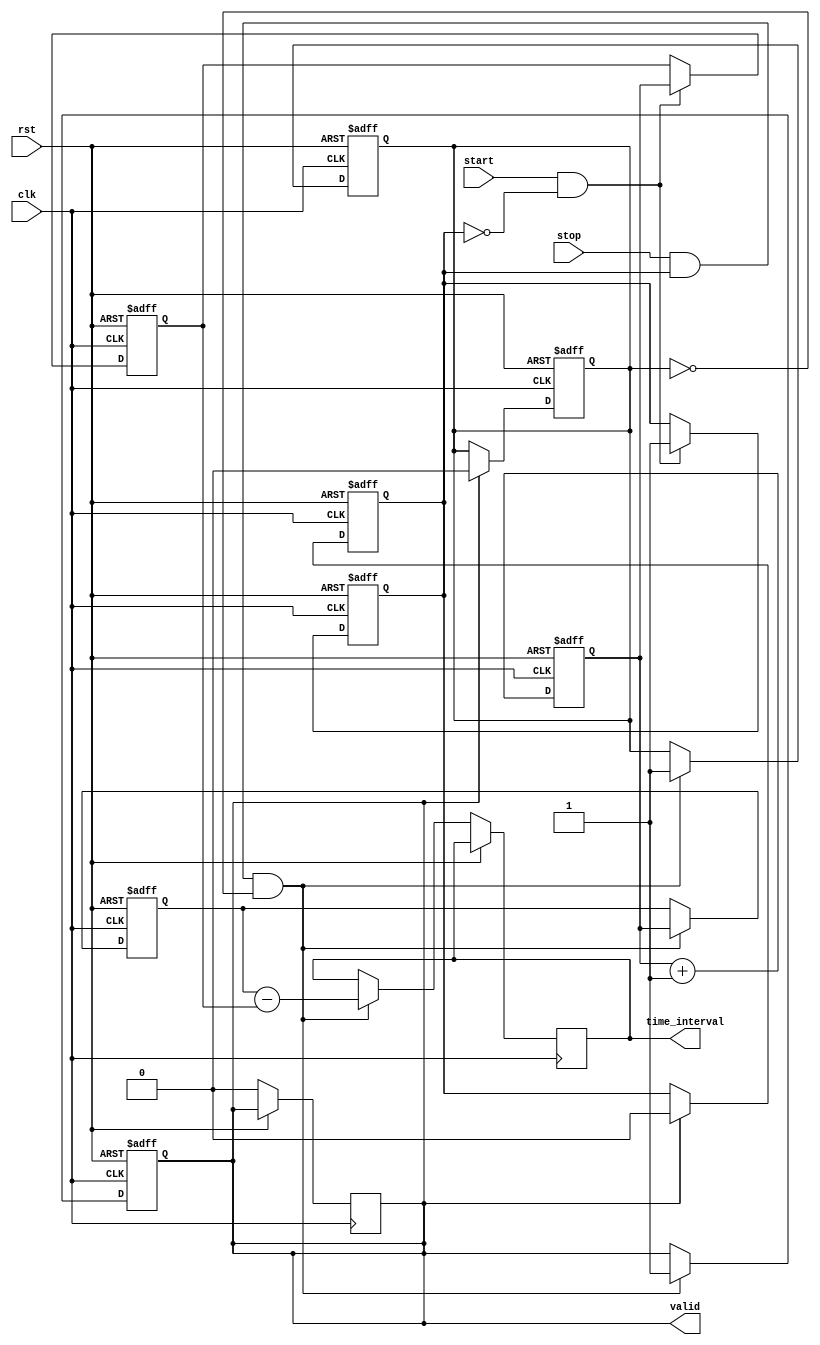
module TDC (
    input wire clk,            // High-frequency clock signal
    input wire rst,            // Reset signal
    input wire start,          // Start event signal
    input wire stop,           // Stop event signal
    output reg [31:0] time_interval, // Measured time interval output
    output reg valid           // Indicates valid measurement
);

    reg [31:0] counter;        // Counter to measure time
    reg [31:0] start_time;     // Time at start event
    reg [31:0] stop_time;      // Time at stop event
    reg start_detected;        // Flag for start event detection
    reg stop_detected;         // Flag for stop event detection

    // Counter process
    always @(posedge clk or posedge rst) begin
        if (rst) begin
            counter <= 32'b0;
            start_time <= 32'b0;
            stop_time <= 32'b0;
            valid <= 1'b0;
            start_detected <= 1'b0;
            stop_detected <= 1'b0;
        end else begin
            // Increment the counter
            counter <= counter + 1;

            // Detect start event
            if (start && !start_detected) begin
                start_time <= counter;  // Capture counter value at start
                start_detected <= 1'b1;  // Set the start detected flag
            end
            
            // Detect stop event
            if (stop && start_detected && !stop_detected) begin
                stop_time <= counter;    // Capture counter value at stop
                stop_detected <= 1'b1;   // Set the stop detected flag
                
                // Calculate time interval
                time_interval <= stop_time - start_time;
                valid <= 1'b1;           // Indicate valid measurement
            end
        end
    end

    // Reset detection flags after output is read
    always @(posedge clk or posedge rst) begin
        if (rst) begin
            start_detected <= 1'b0;
            stop_detected <= 1'b0;
        end else begin
            if (valid) begin
                start_detected <= 1'b0; // Reset after measurement
                stop_detected <= 1'b0;  // Reset after measurement
                valid <= 1'b0;          // Clear valid flag
            end
        end
    end

endmodule